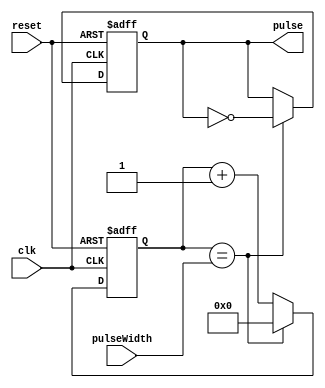
module VariablePulseWidthGenerator (
    input wire clk,
    input wire reset,
    input wire [7:0] pulseWidth,
    output reg pulse
);

reg [7:0] count;

always @(posedge clk or posedge reset) begin
    if (reset) begin
        count <= 8'b0;
        pulse <= 1'b0;
    end else begin
        if (count == pulseWidth) begin
            count <= 8'b0;
            pulse <= ~pulse;
        end else begin
            count <= count + 1;
        end
    end
end

endmodule